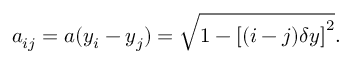
a _ { i j } = a ( y _ { i } - y _ { j } ) = \sqrt { 1 - \left[ ( i - j ) \delta y \right] ^ { 2 } } .